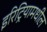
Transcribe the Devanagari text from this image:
इरिट्रियामधील